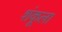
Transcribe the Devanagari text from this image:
शंकूला